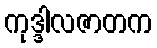
ကုဒ္ဒါလဇာတက